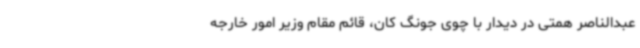
عبدالناصر همتی در دیدار با چوی جونگ کان، قائم مقام وزیر امور خارجه